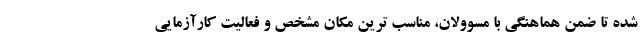
شده تا ضمن هماهنگی با مسوولان، مناسب ترین مکان مشخص و فعالیت کارآزمایی